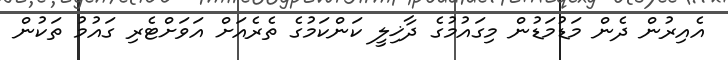
އެއިރުން ދެން މަޑުމަޑުން މިގައުމުގެ ދާޚިލީ ކަންކަމުގެ ތެރެއަށް އަވަށްޓެރި ގައުމު ތަކުން